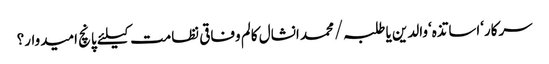
سرکار‘اساتذہ‘والدین یا طلبہ/محمد انشال	کالم	وفاقی نظامت کیلئے پانچ امیدوار؟